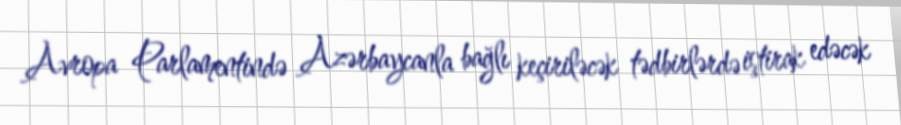
Avropa Parlamentində Azərbaycanla bağlı keçiriləcək tədbirlərdə iştirak edəcək